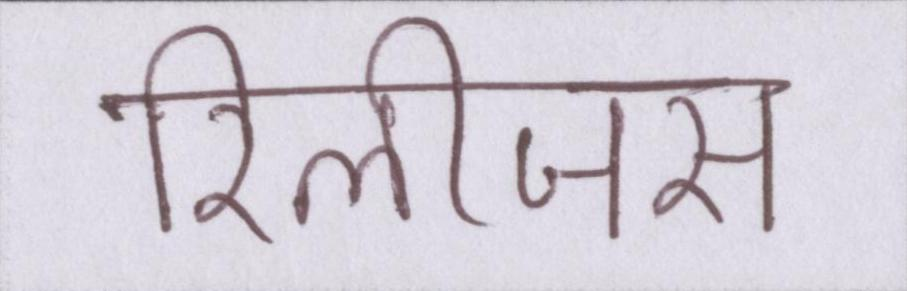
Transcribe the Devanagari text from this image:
रिलीजस